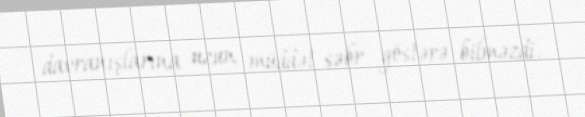
davranışlarına uzun müddət səbr göstərə bilməzdi.